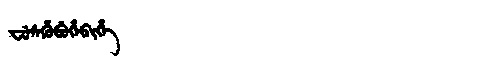
Manchu: ᠸᡠᠰᡥᡠᠪᡠᡥᡝᠪᡳᡥᡝ
Romanization: FUSHUBUHEBIHE